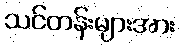
သင်တန်းများအား